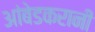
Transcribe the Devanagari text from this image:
आंबेडकरानी